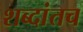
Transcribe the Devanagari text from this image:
शब्दांतच